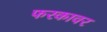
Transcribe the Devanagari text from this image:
फरकावर